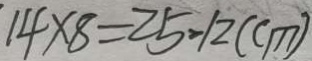
1 4 \times 8 = 2 5 - 1 2 ( c m )